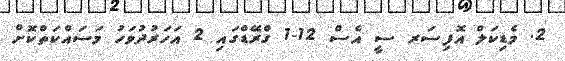
2. މެޑިކަލް އޮފިސަރ ސީ އެސް 12-1 ގްރޭޑްގައި 2 އަހަރުދުވަހު މަސައްކަތްކޮށް